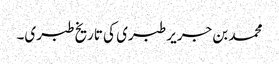
محمد بن جریر طبری کی تاریخ طبری۔